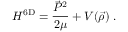
H ^ { \mathrm { 6 D } } = \frac { \vec { P } ^ { 2 } } { 2 \mu } + V ( \vec { \rho } ) ~ .